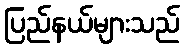
ပြည်နယ်များသည်